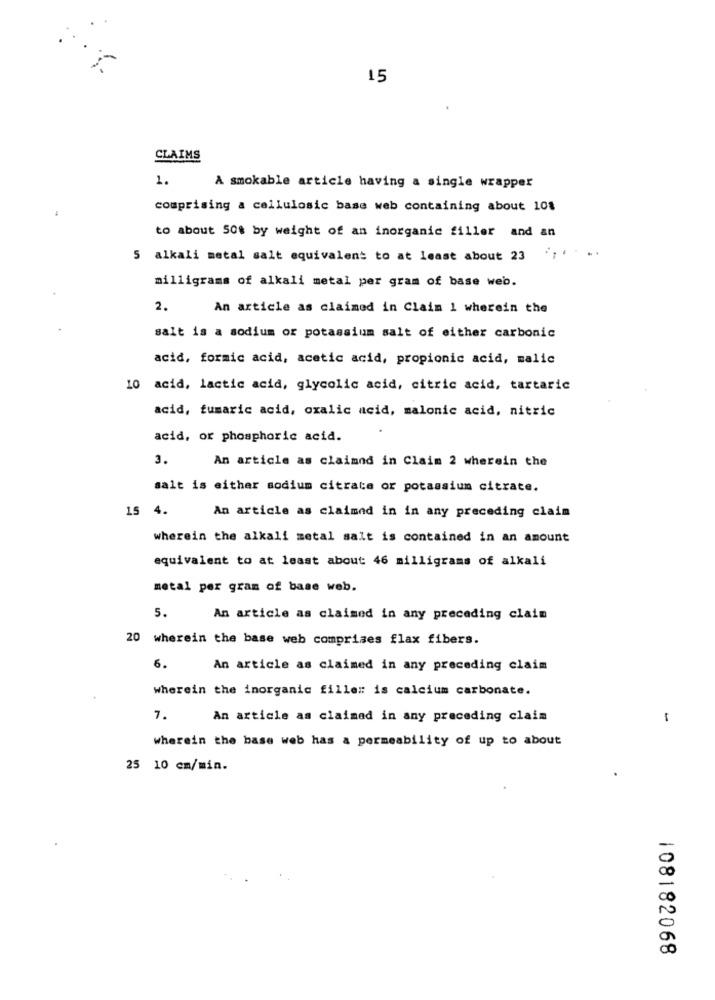
15
CLAIMS
1.
A smokable article having a single wrapper
comprising a cellulosic base web containing about 10$
to about 508 by weight of an inorganic filler and an
5 alkali metal salt equivalent to at least about 23
milligrams of alkali metal per gram of base web.
2.
An article as claimed in Claim 1 wherein the
salt is a sodium or potassium salt of either carbonic
acid, formic acid, acetic acid, propionic acid, malic
10 acid, lactic acid, glycolic acid, citric acid, tartaric
acid, tumaric acid, oxalic acid, malonic acid, nitric
acid, or phosphoric acid.
3.
An article as claimnd in Claim 2 wherein the
salt is either sodium citrate or potassium citrate.
15 4.
An article as claimed in in any preceding claim
wherein the alkali metal salt is contained in an amount
equivalent to at least about: 46 milligrams of alkali
metal per gram of base web.
5.
An article as claimed in any preceding claim
20 wherein the base web comprises flax fibers.
6.
An article as claimed in any preceding claim
wherein the inorganic filler is calcium carbonate.
7.
An article as claimed in any preceding claim
-
wherein the base web has a permeability of up to about
25 10 cm/min.
CO
00
108182068